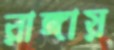
রাঙ্গায়